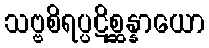
သဗ္ဗစိရပ္ပဋိစ္ဆန္နာယော